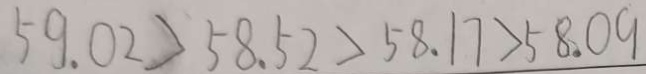
5 9 . 0 2 > 5 8 . 5 2 > 5 8 . 1 7 > 5 8 . 0 9